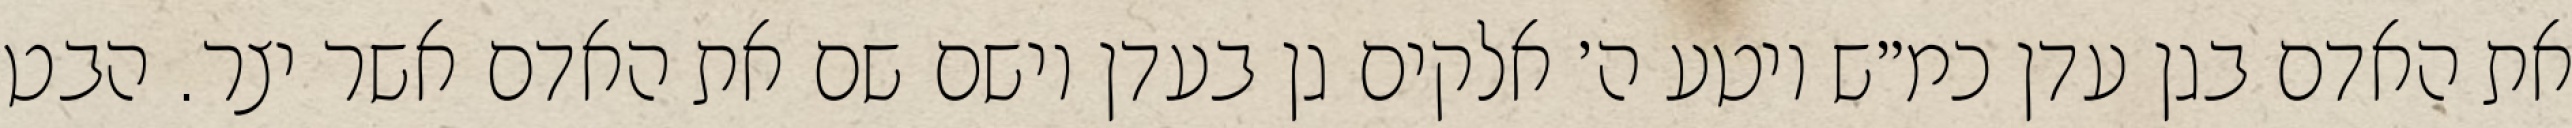
את האדם בגן עדן כמ״ש ויטע ה׳ אלקים גן בעדן וישם שם את האדם אשר יצר. הבט